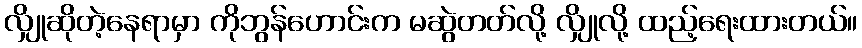
လျှိုဆိုတဲ့နေရာမှာ ကိုဘွန်ဟောင်းက မဆွဲတတ်လို့ လျှိုလို့ ထည့်ရေးထားတယ်။